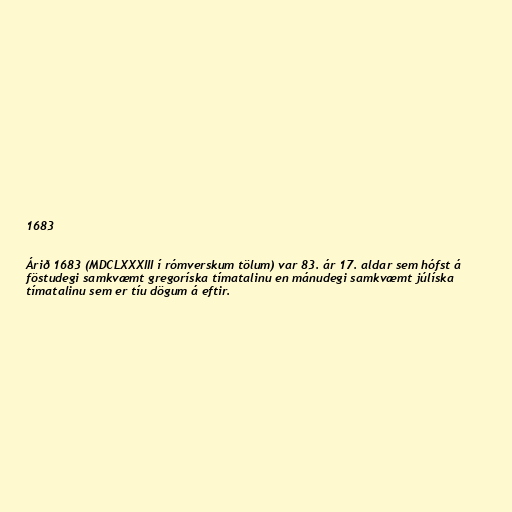
1683

Árið 1683 (MDCLXXXIII í rómverskum tölum) var 83. ár 17. aldar sem hófst á
föstudegi samkvæmt gregoríska tímatalinu en mánudegi samkvæmt júlíska
tímatalinu sem er tíu dögum á eftir.